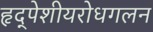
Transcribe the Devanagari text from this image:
हृद्‌पेशीयरोधगलन